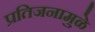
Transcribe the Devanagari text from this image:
प्रतिजनामुळे